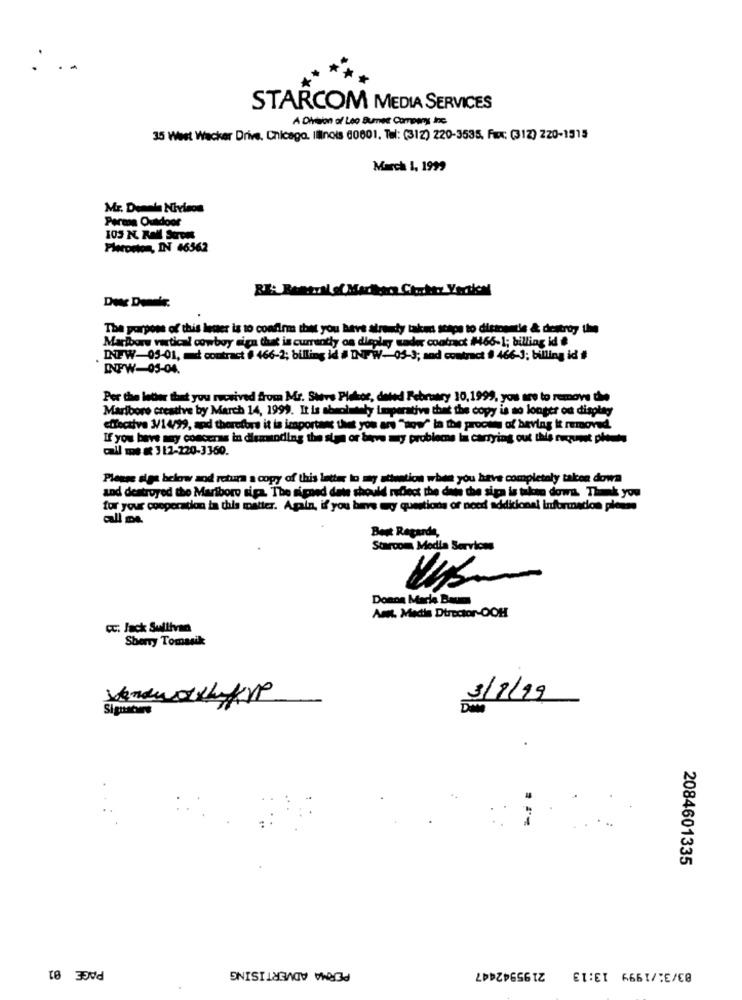
: ..
STARCOM MEDIA SERVICES
A Division of Leo Bumet Company Inc.
35 West Wacker Drive, Chicago. Ilinois 0801, Tel: (312) 220-3535, Fax: (312) 220-1315
March 1, 1999
Mr. Denn's Nivisos
Perma Outdoor
103 K Rall Street
Flerorion, IN 46562
RE: Reetzil si Machera Cho.her Yertion
The purpose of this letter is to confirm that you have already taken steps to disinentie & destroy the
Marlboro vertical cowboy sign that is currently on display sader contract #66-1; billing id #
INFW-05-01, md contract # 466-2; billing id # INFWV-05-3; and contract # 466-3; billing id #
INPW-05-04.
Per the leder that you received from Mr. Stavs Plakor, dated February 10,1999, you are to remove the
Marlboro creative by March 14, 1999. It is absolutely Limperative that the copy is no longer od display
effective 3/14/99, and therefore it is important that you are "age" in the process of beving it removed
If you have any concerns in disanoding the sign or breve my problems la carrying out this request plots
call me # 312-220-3360.
Please siga below and return a copy of this letter to my attention when you have completely taken down
and destroyed the Maribore siga. The signed date should reflect the det the siga is taken down. Thank you
for your cooperation in this matter. Again, if you have my questions of need additional Information please
all me
Best Regards,
Starcom Media Services
Donna Mack Bassa
Am. Media Director-OCH
CC: Jack Sullivan
Sherry Tomasik
3/1/19
2084601335
PAGE 01
PERMA ADVERTISING
83/31/1999 13:13